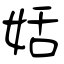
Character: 姡